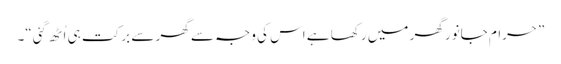
”حرام جانور گھر میں رکھا ہے اس کی وجہ سے گھر سے برکت ہی اُٹھ گئی“۔